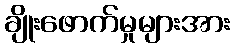
ချိုးဖောက်မှုများအား